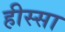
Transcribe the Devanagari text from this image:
हीस्सा